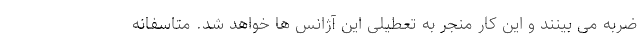
ضربه می بینند و این کار منجر به تعطیلی این آژانس ها خواهد شد. متاسفانه